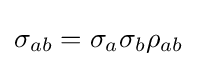
\sigma _{ab}=\sigma _{a}\sigma _{b}\rho _{ab}